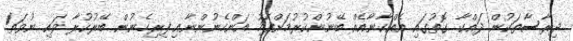
ދިރާސާތަކުން ދައްކާ ގޮތުގައި އެއްކާނާއެއް ބޭނުންކުރުމަށްފަހު އަންހެނުންނާއި ފިރިހެނުން ބޭރުކުރާ ވައި ނުވަތަ